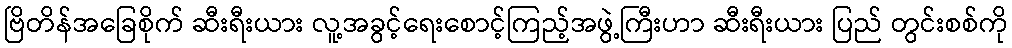
ဗြိတိန်အခြေစိုက် ဆီးရီးယား လူ့အခွင့်ရေးစောင့်ကြည့်အဖွဲ့ကြီးဟာ ဆီးရီးယား ပြည် တွင်းစစ်ကို